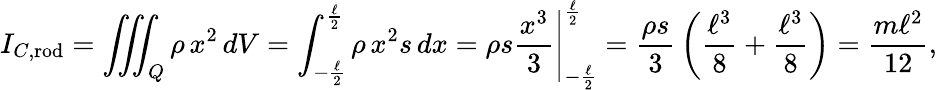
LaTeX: I_{C,{\mathrm{rod}}}=\iiint_{Q}\rho\, x^{2}\, dV=\int_{-{\frac{\ell}{2}}}^{\frac{\ell}{2}}\rho\, x^{2}s\, dx=\left.\rho s{\frac{x^{3}}{3}}\right|_{-{\frac{\ell}{2}}}^{\frac{\ell}{2}}={\frac{\rho s}{3}}\left({\frac{\ell^{3}}{8}}+{\frac{\ell^{3}}{8}}\right)={\frac{m\ell^{2}}{12}},